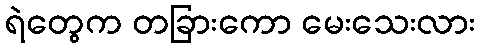
ရဲတွေက တခြားကော မေးသေးလား